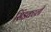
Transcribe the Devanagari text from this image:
सिंडक्टली